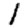
Digit: 1